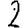
Digit: 2